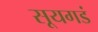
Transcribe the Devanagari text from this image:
सूयगडं